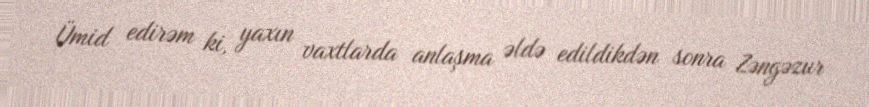
Ümid edirəm ki, yaxın vaxtlarda anlaşma əldə edildikdən sonra Zəngəzur